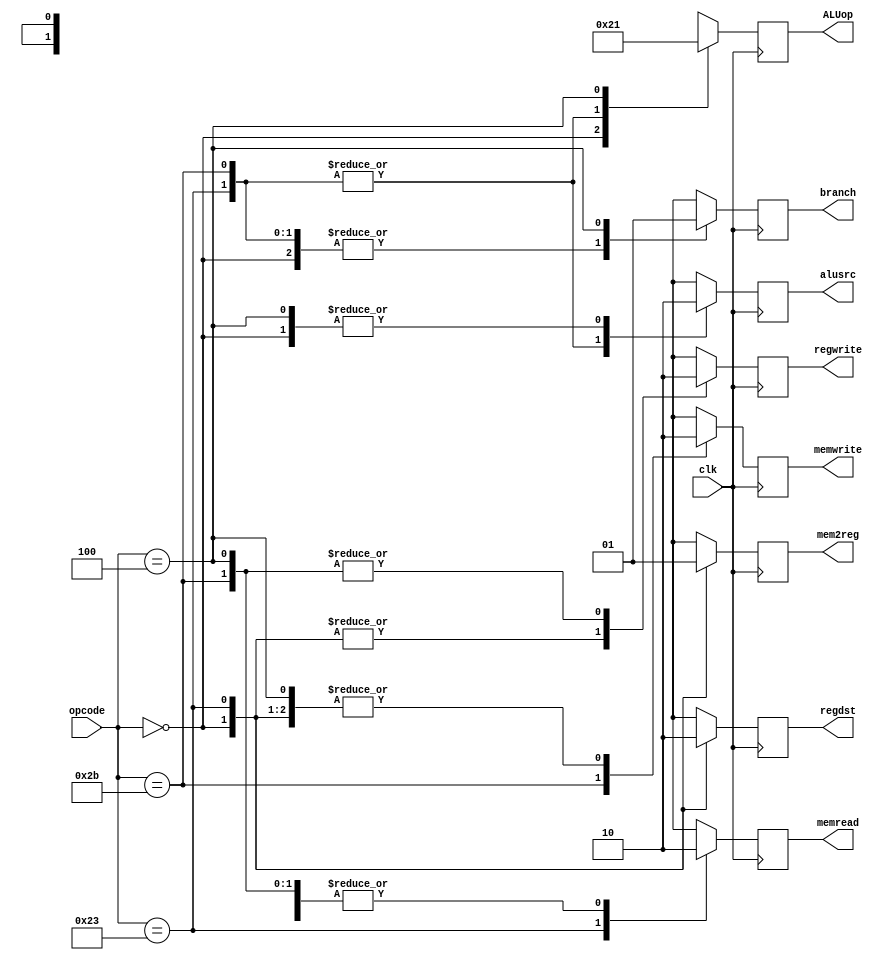
`timescale 1ns/1ps

module controller(
    input [5:0] opcode,
    input clk,
    output reg [1:0] ALUop,
    output reg regdst, branch, memread, mem2reg, memwrite, alusrc, regwrite
);

always @(posedge clk) begin

    case(opcode) 
        6'b000000: begin
            regdst <=1;
            alusrc <=0;
            mem2reg <=0;
            regwrite <=1;
            memread <= 0;
            memwrite <=0;
            branch <=0;
            ALUop <= 2'b10;
        end
        
        6'b100011: begin 
            regdst <=1'b0;
            alusrc <=1'b1;
            mem2reg <=1'b1;
            regwrite <=1'b1;
            memread <= 1'b1;
            memwrite <=1'b0;
            branch <=1'b0;
            ALUop <= 2'b00;
        end

        6'b101011: begin
            regdst <=1'bx;
            alusrc <=1;
            mem2reg <=1'bx;
            regwrite <=0;
            memread <= 0;
            memwrite <=1;
            branch <=0;
            ALUop <= 2'b00;
        end

        6'b000100:begin
            regdst <=1'bx;
            alusrc <=0;
            mem2reg <=1'bx;
            regwrite <=0;
            memread <= 0;
            memwrite <=0;
            branch <=1;
            ALUop <= 2'b01;
        end

        default: begin
            // Default behavior if none of the cases match
            regdst <= 1'bx;
            alusrc <= 1'bx;
            mem2reg <= 1'bx;
            regwrite <= 1'bx;
            memread <= 1'bx;
            memwrite <= 1'bx;
            branch <= 1'bx;
            ALUop <= 3'bxxx;
        end
    endcase

end

endmodule

//testbench
// `timescale 1ns / 1ps

// module controller_tb;

//     reg [5:0] opcode;
//     reg clk;
//     wire [2:0] ALUop;
//     wire regdst, branch, memread, mem2reg, memwrite, alusrc, regwrite;

//     controller controller_inst(
//         .opcode(opcode),
//         .clk(clk),
//         .ALUop(ALUop),
//         .regdst(regdst),
//         .branch(branch),
//         .memread(memread),
//         .mem2reg(mem2reg),
//         .memwrite(memwrite),
//         .alusrc(alusrc),
//         .regwrite(regwrite)
//     );

//     always #5 clk = ~clk;


//     initial begin
//         $dumpfile("controller_tb.vcd");
//         $dumpvars(0, controller_tb);
        
//         clk = 0;
//         opcode = 6'b000000;
//         #10;
//         opcode = 6'b100011;
//         #10;
//         opcode = 6'b101011;
//         #10;
//         opcode = 6'b000100;
//         #10;
//         $finish;
//     end

// endmodule